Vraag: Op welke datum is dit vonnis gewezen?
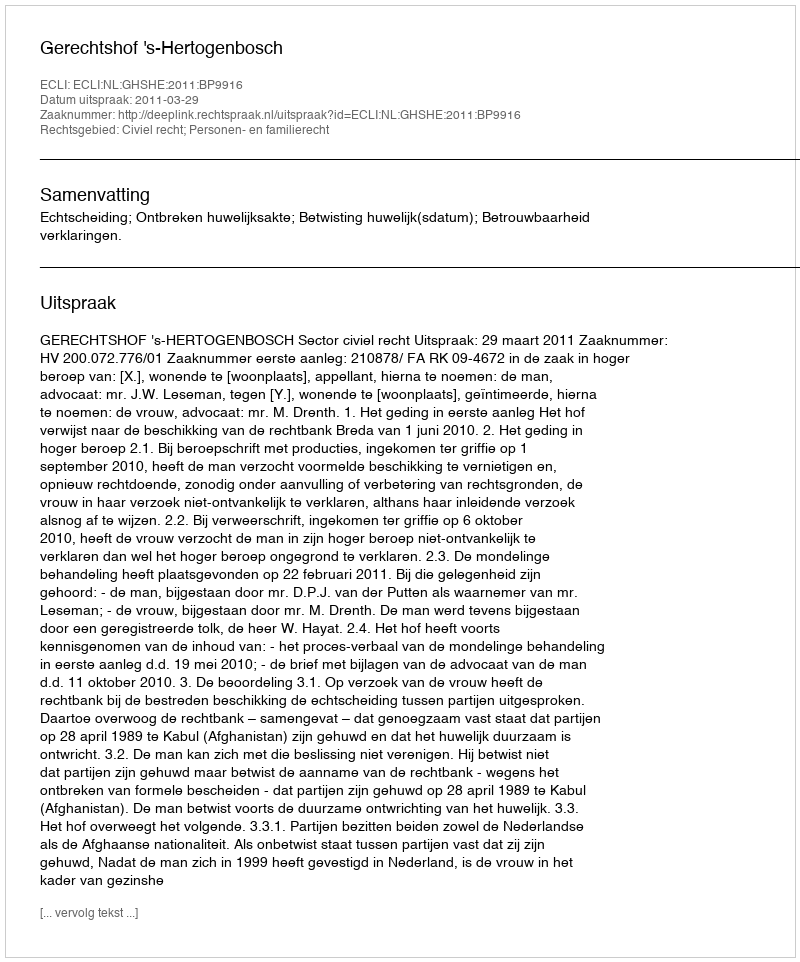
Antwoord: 2011-03-29